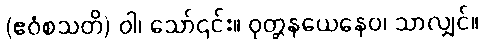
(ဧဝံစသတိ) ဝါ၊ သော်၎င်း။ ဝုတ္တနယေနေဝ၊ သာလျှင်။